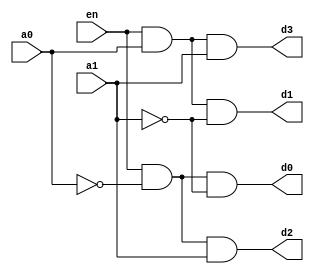
//code

module dec(en,a0,a1,d0,d1,d2,d3);
  input en,a0,a1;
  output d0,d1,d2,d3;
  
   
  assign d0 = (en & ~a0 & ~a1);
  assign d1 = (en & a0 & ~a1);
  assign d2 = (en & ~a0 & a1);
  assign d3 = (en & a0 & a1);
   
endmodule
//testbench
module dec_tb;
  reg en,a0,a1;
  wire d0,d1,d2,d3;
  dec dectb(.en(en),.a0(a0),.a1(a1),.d0(d0),.d1(d1),.d2(d2),.d3(d3));
  initial
    begin
      #5 en = 1'b0; a0 = 1'b1;a1 = 1'b1;
      #5 en = 1'b1; a0 = 1'b0;a1 = 1'b0;
      #5 en = 1'b1; a0 = 1'b1;a1 = 1'b0;
      #5 en = 1'b1; a0 = 1'b0;a1 = 1'b1;
      #5 en = 1'b1; a0 = 1'b1;a1 = 1'b1;
      #5 en = 1'b0; a0 = 1'b1;a1 = 1'b1;
      #100 $finish;
    end
  always@(d0,d1,d2,d3)
    $monitor("time = %0t ,d0 = %b ,d1 = %b,d2 = %b, d3 = %b",$time,d0,d1,d2,d3);
endmodule